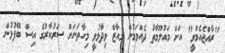
"ރާއްޖެއެމްވީ" އަށް މައުލޫމާތު ދެއްވަމުން މުއާޒް ވިދާޅުވީ މިހާތަނަށް ސަރުކާރުގެ އިސް ބޭފުޅުން